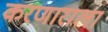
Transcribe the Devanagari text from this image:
करणाराला